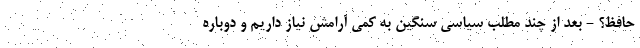
حافظ؟ - بعد از چند مطلب سیاسی سنگین به کمی آرامش نیاز داریم و دوباره